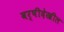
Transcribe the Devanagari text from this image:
वर्षीदेखील